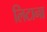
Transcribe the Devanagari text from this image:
लिटाना